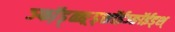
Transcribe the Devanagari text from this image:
ञ्फॉ़ड़्ळ्ङ़्ड्शॉईञ्ङॉईड्श्